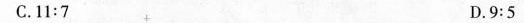
C.11:7 D.9:5